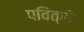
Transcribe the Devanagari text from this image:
पवित्रो